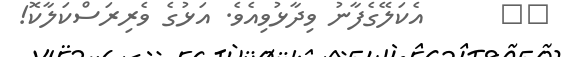
٢٦      އެކަލޭގެފާނު ވިދާޅުވިއެވެ. އަޅުގެ ވެރިރަސްކަލާކޮ!